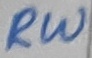
Text: RW